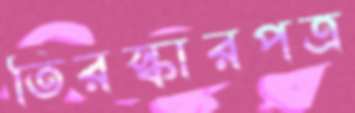
তিরস্কারপত্র